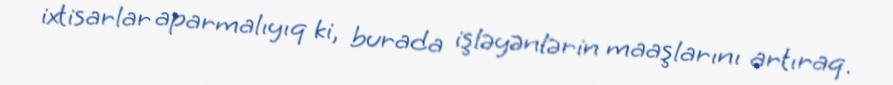
ixtisarlar aparmalıyıq ki, burada işləyənlərin maaşlarını artıraq.